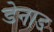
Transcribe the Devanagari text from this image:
डेनाड